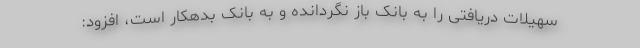
سهیلات دریافتی را به بانک باز نگردانده و به بانک بدهکار است، افزود: